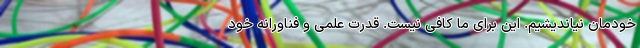
خودمان نیاندیشیم. این برای ما کافی نیست. قدرت علمی و فناورانه خود